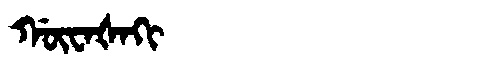
Manchu: ᡤᡡᠸᠠᡧᠠᡴᡳ
Romanization: GŪWAŠAKI